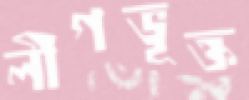
লীগভূক্ত